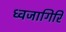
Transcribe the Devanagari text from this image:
ध्वजागिरि